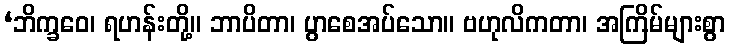
‘ဘိက္ခဝေ၊ ရဟန်းတို့။ ဘာပိတာ၊ ပွာစေအပ်သော။ ဗဟုလိကတာ၊ အကြိမ်များစွာ